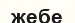
жебе